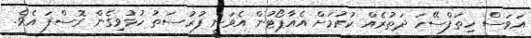
އަވަސް ހިތަފްސޭހަ ދަތުރެއް ކުރުމަށް އެއާޕޯޓުން އެވަނީ ފުރުސަތު ހުޅުވިގެން ގޮސްފަ އެވެ.